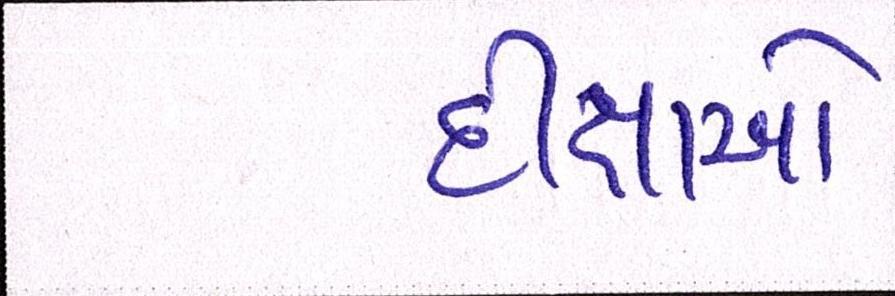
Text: દીક્ષાઓ